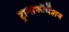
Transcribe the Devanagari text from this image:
ट्रान्सफॉर्मेशन